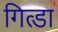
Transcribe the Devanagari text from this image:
गित्डा